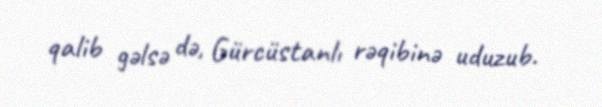
qalib gəlsə də, Gürcüstanlı rəqibinə uduzub.